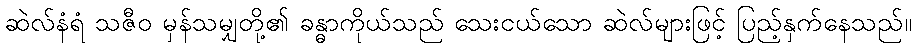
ဆဲလ်နံရံ သဇီဝ မှန်သမျှတို့၏ ခန္ဓာကိုယ်သည် သေးငယ်သော ဆဲလ်များဖြင့် ပြည့်နှက်နေသည်။